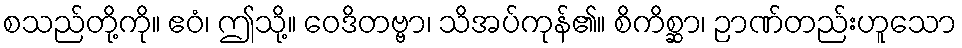
စသည်တို့ကို။ ဧဝံ၊ ဤသို့။ ဝေဒိတဗ္ဗာ၊ သိအပ်ကုန်၏။ စိကိစ္ဆာ၊ ဉာဏ်တည်းဟူသော